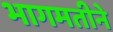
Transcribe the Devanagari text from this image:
भागमतीने